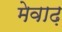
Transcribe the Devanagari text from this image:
मेवाढ़